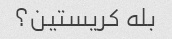
بله کریستین؟